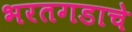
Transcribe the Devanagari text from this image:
भरतगडाचे